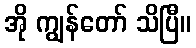
အို ကျွန်တော် သိပြီ။